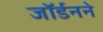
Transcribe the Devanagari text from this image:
जॉर्डनने